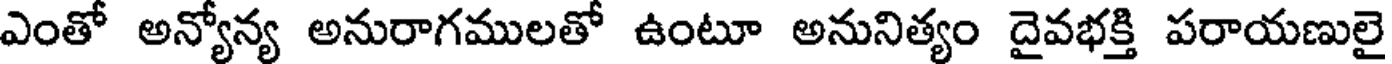
ఎంతో అన్యోన్య అనురాగములతో ఉంటూ అనునిత్యం దైవభక్తి పరాయణులై